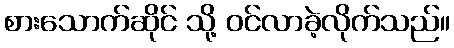
စားသောက်ဆိုင် သို့ ဝင်လာခဲ့လိုက်သည်။